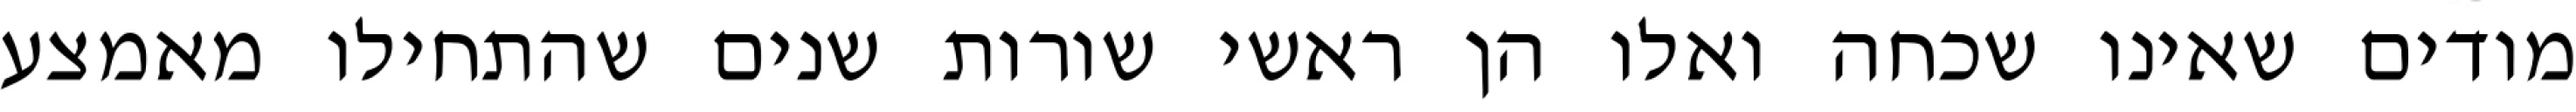
מודים שאינו שכחה ואלו הן ראשי שורות שנים שהתחילו מאמצע